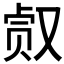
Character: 𰇀